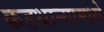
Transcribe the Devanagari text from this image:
कडधान्यामध्ये